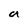
Character: a